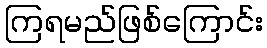
ကြရမည်ဖြစ်ကြောင်း